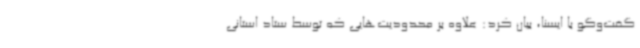
گفت‌وگو با ایسنا، بیان کرد: علاوه بر محدودیت‌هایی که توسط ستاد استانی